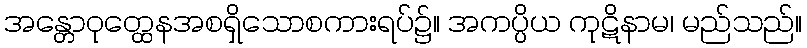
အန္တောဝုတ္ထေနအစရှိသောစကားရပ်၌။ အကပ္ပိယ ကုဋိနာမ၊ မည်သည်။